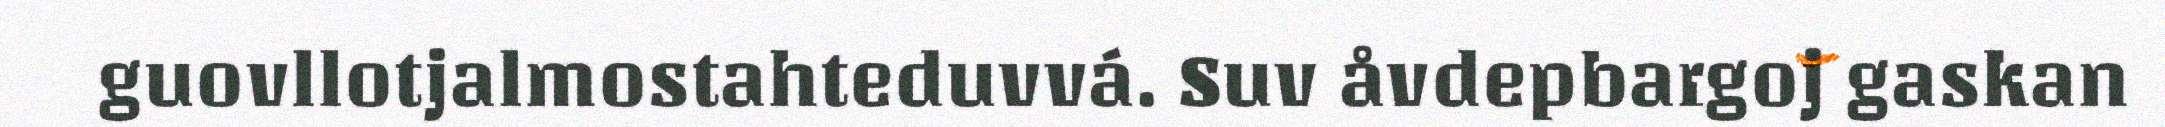
guovllotjalmostahteduvvá. Suv åvdepbargoj gaskan